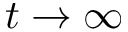
t \to \infty